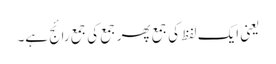
یعنی ایک لفظ کی جمع پھر جمع کی جمع رائج ہے۔